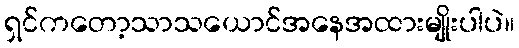
ရှင်ကတော့သာသယောင်အနေအထားမျိုးပါပဲ။